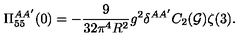
\Pi _ { 5 5 } ^ { A A ^ { \prime } } ( 0 ) = - \frac { 9 } { 3 2 \pi ^ { 4 } R ^ { 2 } } g ^ { 2 } \delta ^ { A A ^ { \prime } } C _ { 2 } ( { \cal G } ) \zeta ( 3 ) .